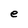
Character: e